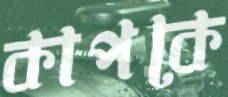
কাপকে